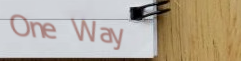
One Way